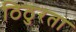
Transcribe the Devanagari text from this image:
ठिठुरता